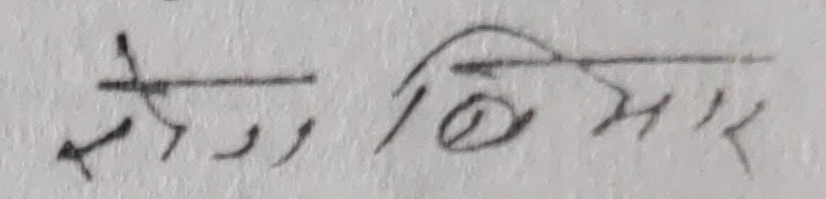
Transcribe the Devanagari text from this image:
सेके बिमार